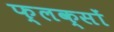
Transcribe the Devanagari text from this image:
फ्लक्सों